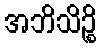
အဘိသိဉ္စိ